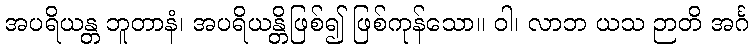
အပရိယန္တ ဘူတာနံ၊ အပရိယန္တိဖြစ်၍ ဖြစ်ကုန်သော။ ဝါ၊ လာဘ ယသ ဉာတိ အင်္ဂ